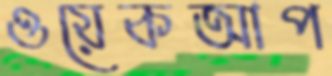
ওয়েকআপ